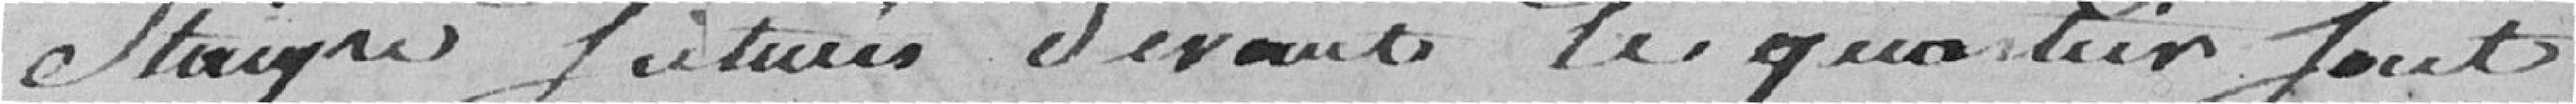
Staigre futures devant les quartiers Sont